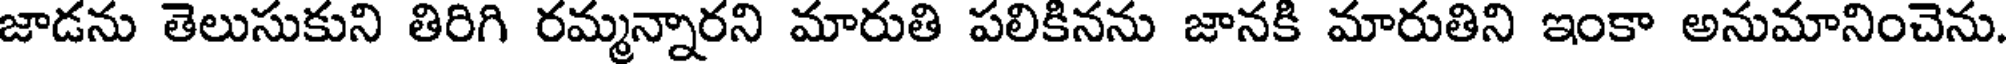
జాడను తెలుసుకుని తిరిగి రమ్మన్నారని మారుతి పలికినను జానకి మారుతిని ఇంకా అనుమానించెను.